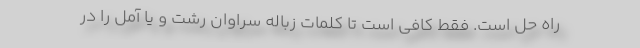
راه حل است. فقط کافی است تا کلمات زباله سراوان رشت و یا آمل را در